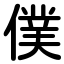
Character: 僕